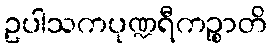
ဥပါသကပုဏ္ဍရီကဉ္စာတိ